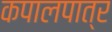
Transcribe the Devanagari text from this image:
कपालपात्र